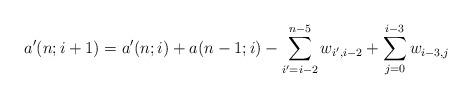
LaTeX: \begin{align*}a'(n;i+1)=a'(n;i)+a(n-1;i)-\sum_{i'=i-2}^{n-5}w_{i',i-2}+\sum_{j=0}^{i-3}w_{i-3,j}\end{align*}